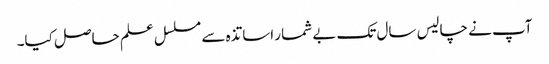
آپ نے چالیس سال تک بے شمار اساتذہ سے مسلسل علم حاصل کیا۔